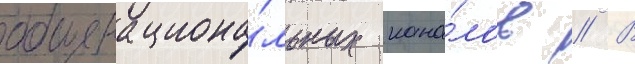
общенациона́льных кана́лов // В